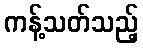
ကန့်သတ်သည့်